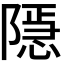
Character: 𨼆